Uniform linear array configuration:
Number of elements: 48
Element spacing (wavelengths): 0.75
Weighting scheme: uniform
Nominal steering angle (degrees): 45
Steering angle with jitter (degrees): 46.496
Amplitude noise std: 0.05
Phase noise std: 0.05

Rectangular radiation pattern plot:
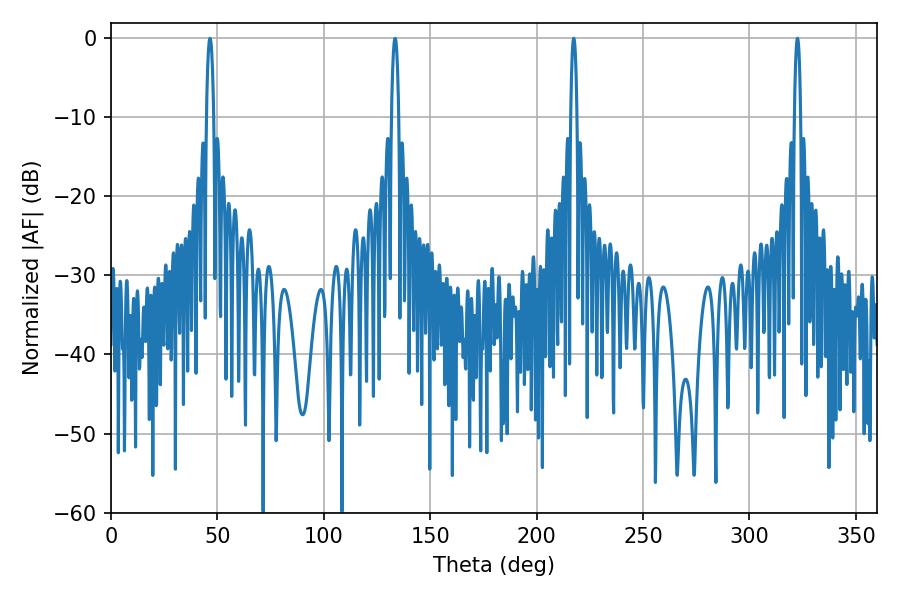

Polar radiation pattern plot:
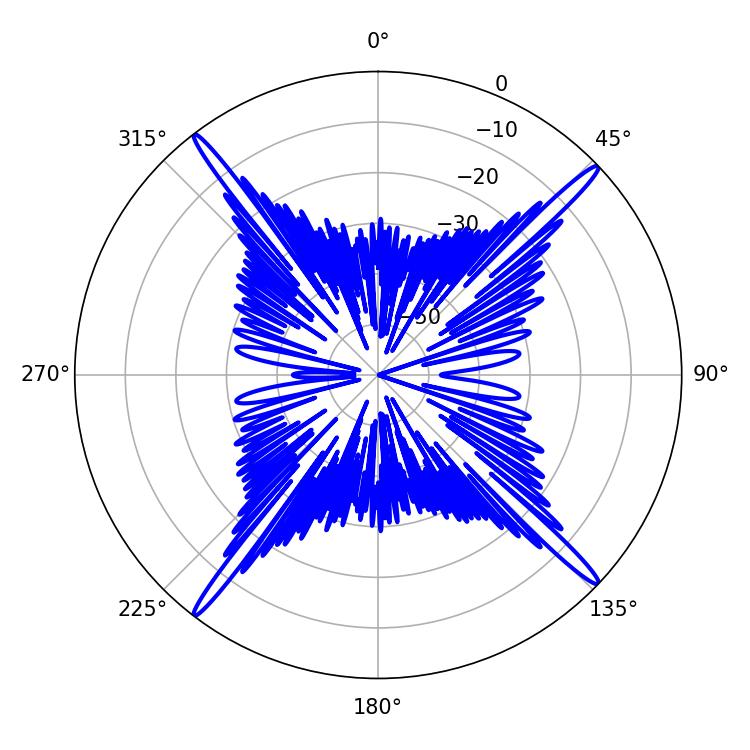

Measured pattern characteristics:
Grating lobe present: TRUE
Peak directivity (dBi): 20.965
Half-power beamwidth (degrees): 1.44
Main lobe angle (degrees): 322.56